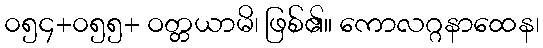
၀၅၄+၀၅၅+ ဝတ္တယာမိ၊ ဖြစ်၏။ ကောလဂ္ဂနာထေန၊